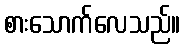
စားသောက်လေသည်။